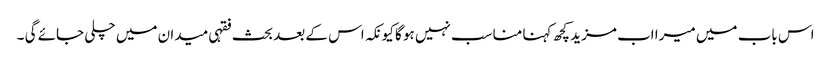
اس باب میں میرا اب مزید کچھ کہنا مناسب نہیں ہو گا کیونکہ اس کے بعد بحث فقہی میدان میں چلی جائے گی ۔